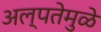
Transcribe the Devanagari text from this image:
अल्पतेमुळे